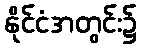
နိုင်ငံအတွင်း၌